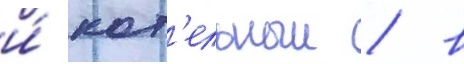
и́ кот'ельныи / в